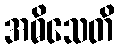
အဓိသေတိ